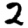
Digit: 2